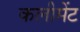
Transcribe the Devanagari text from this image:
कलीमेंट